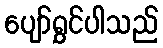
ပျော်ရွှင်ပါသည်